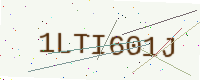
Text: 1LTI601J